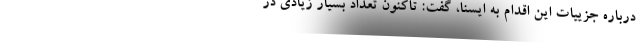
درباره جزییات این اقدام به ایسنا، گفت: تاکنون تعداد بسیار زیادی در